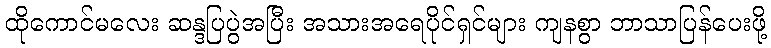
ထိုကောင်မလေး ဆန္ဒပြပွဲအပြီး အသားအရေပိုင်ရှင်များ ကျနစွာ ဘာသာပြန်ပေးဖို့